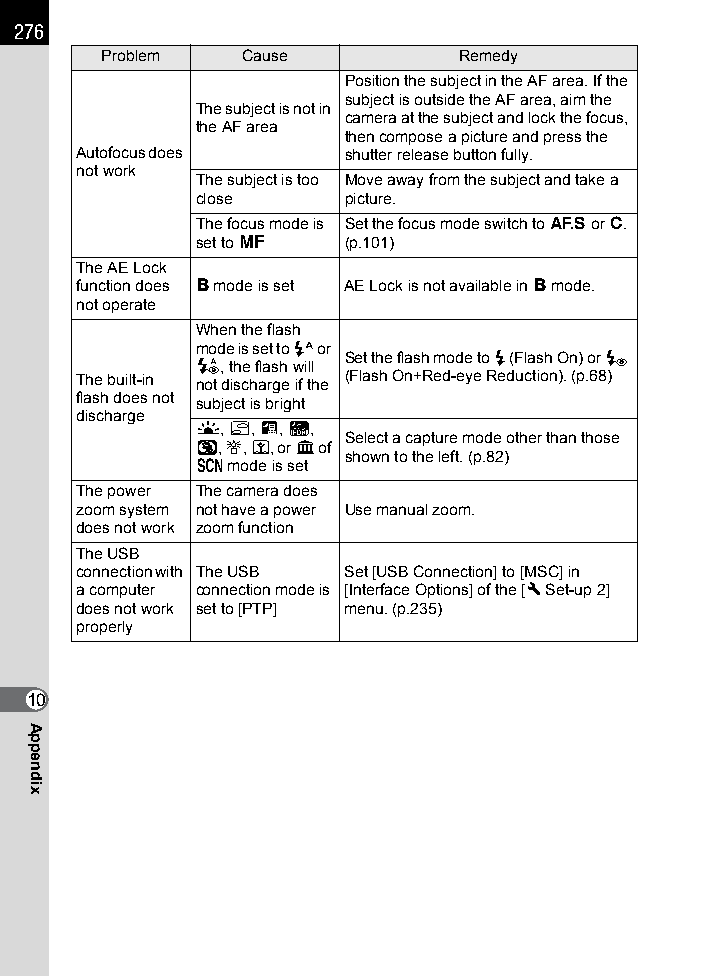
276
 Problem  Cause         Remedy
 Position the subject in the AF area. If the
 subject is outside the AF area, aim the
 The subject is not in
 camera at the subject and lock the focus,
 the AF area
 then compose a picture and press the
 Autofocus does    shutter release button fully.
 not work
 The subject is too Move away from the subject and take a
 close     picture.
 The focus mode is Set the focus mode switch to l or A.
 set to \  (p.101)
 The AE Lock
 function does p mode is set AE Lock is not available in p mode.
 not operate
 When the flash
 mode is set to C or
 Set the flash mode to E (Flash On) or F
 C, the flash will
 The built-in not discharge if the (Flash On+Red-eye Reduction). (p.68)
 flash does not subject is bright
 discharge
 K, d, A, Z,
 Select a capture mode other than those
 y, U, n, or E of
 shown to the left. (p.82)
 H mode is set
 The power The camera does
 zoom system not have a power Use manual zoom.
 does not work zoom function
 The USB
 connection with The USB Set [USB Connection] to [MSC] in
 a computer connection mode is [Interface Options] of the [R Set-up 2]
 does not work set to [PTP] menu. (p.235)
 properly
 10
 Appendix